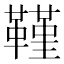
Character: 𮧧